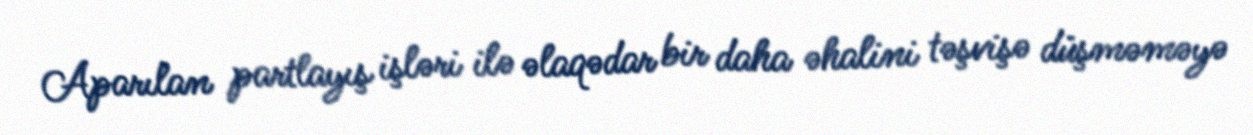
Aparılan partlayış işləri ilə əlaqədar bir daha əhalini təşvişə düşməməyə